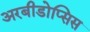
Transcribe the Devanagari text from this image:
अरबीडोप्सिस